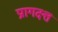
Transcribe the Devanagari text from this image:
प्रागदत्त